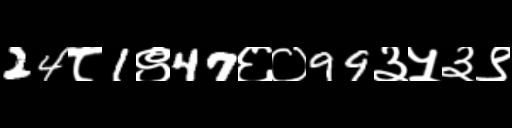
Text: 24८1९47६०99३५३९